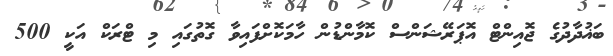
ބަޣުދާދުގެ ޖޮއިންޓް އޮޕަރޭޝަންސް ކޮމާންޑުން ހާމަކޮށްފައިވާ ގޮތުގައި މި ޓްރަކް އަކީ 500